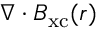
\ensuremath { \boldsymbol { \nabla } } \cdot \ensuremath { \boldsymbol { B } } _ { \mathrm { x c } } ( \ensuremath { \boldsymbol { r } } )